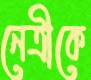
নেত্রীকে